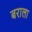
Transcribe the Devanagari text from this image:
बराला